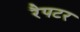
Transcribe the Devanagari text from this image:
रैपटर